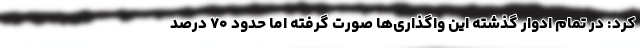
کرد: در تمام ادوار گذشته این واگذاری‌ها صورت گرفته اما حدود ۷۰ درصد